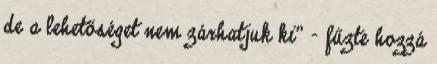
de a lehetőséget nem zárhatjuk ki" - fűzte hozzá